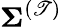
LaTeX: \boldsymbol{\Sigma}^{(\mathscr{T})}